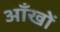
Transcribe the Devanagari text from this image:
अाँखों